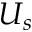
U _ { s }